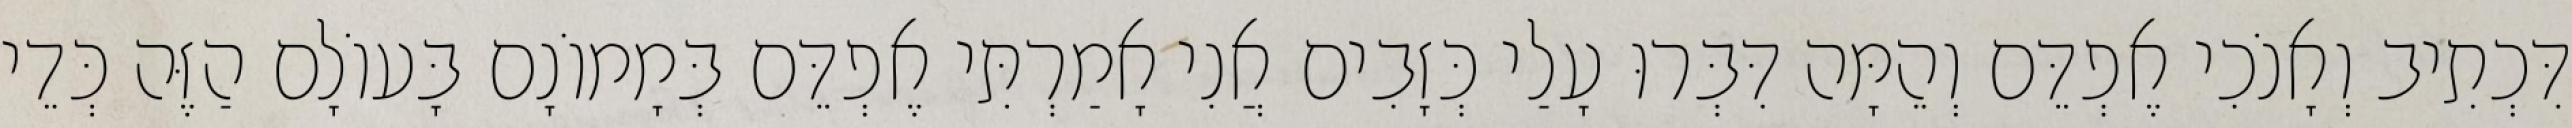
דִּכְתִיב וְאָנֹכִי אֶפְדֵּם וְהֵמָּה דִּבְּרוּ עָלַי כְּזָבִים אֲנִי אָמַרְתִּי אֶפְדֵּם בְּמָמוֹנָם בָּעוֹלָם הַזֶּה כְּדֵי